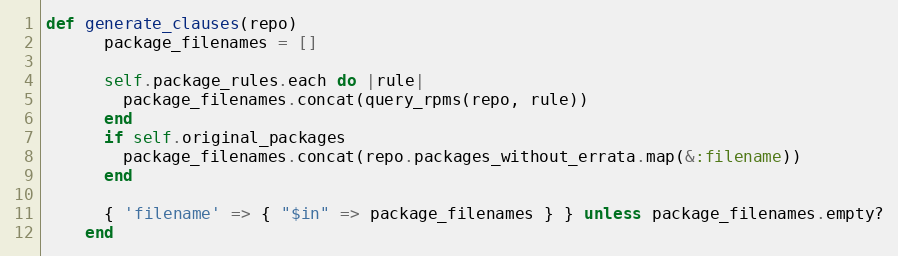
Language: Ruby
def generate_clauses(repo)
      package_filenames = []

      self.package_rules.each do |rule|
        package_filenames.concat(query_rpms(repo, rule))
      end
      if self.original_packages
        package_filenames.concat(repo.packages_without_errata.map(&:filename))
      end

      { 'filename' => { "$in" => package_filenames } } unless package_filenames.empty?
    end